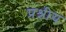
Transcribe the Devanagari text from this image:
प्रश्नीय